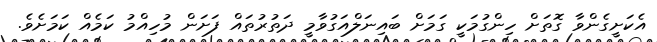
އެކަށީގެންވާ ގޮތަށް ހިންގުމަކީ ގަމަށް ބައިނަލްއަގުވާމީ ދަތުރުތައް ފަށަން މުހިއްމު ކަމެއް ކަމަށެވެ.